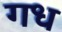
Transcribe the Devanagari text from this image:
गध